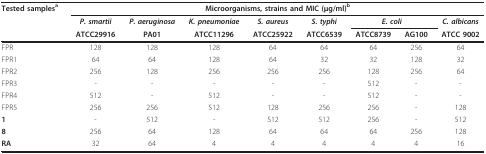
| Tested samplesa | <COLSPAN=8> Microorganisms, strains and MIC (μg/ml)b |
 |  | P. smartii | P. aeruginosa | K. pneumoniae | S. aureus | S. typhi | <COLSPAN=2> E. coli | C. albicans |
 |  | ATCC29916 | PA01 | ATCC11296 | ATCC25922 | ATCC6539 | ATCC8739 | AG100 | ATCC 9002 |
 | --- | --- | --- | --- | --- | --- | --- | --- | --- |
 | FPR | 128 | 128 | 128 | 64 | 64 | 64 | 256 | 64 |
 | FPR1 | 64 | 64 | 128 | 64 | 32 | 32 | 128 | 32 |
 | FPR2 | 256 | 128 | 256 | 256 | 256 | 128 | 256 | 64 |
 | FPR3 | - | - | - | - | - | 512 | - | - |
 | FPR4 | 512 | - | 512 | - | - | 512 | - | - |
 | FPR5 | 256 | 256 | 512 | 128 | 256 | 256 | - | 128 |
 | 1 | - | 512 | - | 512 | 512 | 256 | - | 512 |
 | 8 | 256 | 64 | 128 | 64 | 64 | 64 | 256 | 128 |
 | RA | 32 | 64 | 4 | 4 | 4 | 4 | 4 | 16 |